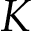
K